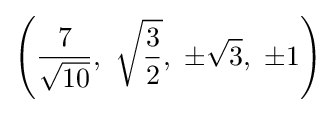
\left({\frac {7}{\sqrt {10}}},\ {\sqrt {\frac {3}{2}}},\ \pm {\sqrt {3}},\ \pm 1\right)